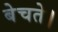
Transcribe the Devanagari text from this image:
बेचते।